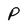
Character: P